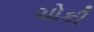
ચોકી